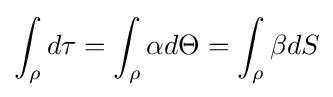
\int _{\rho }d\tau =\int _{\rho }\alpha d\Theta =\int _{\rho }\beta dS